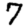
Digit: 7